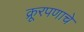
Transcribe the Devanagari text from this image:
क्रूरपणाचे